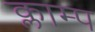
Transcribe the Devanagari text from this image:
क्लाम्प